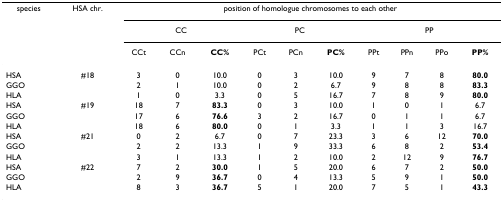
<table><thead><tr><td><b>species</b></td><td><b>HSA chr.</b></td><td colspan="10"><b>position of homologue chromosomes to each other</b></td></tr><tr><td></td><td></td><td colspan="3"><b>CC</b></td><td colspan="3"><b>PC</b></td><td colspan="4"><b>PP</b></td></tr><tr><td></td><td></td><td><b>CCt</b></td><td><b>CCn</b></td><td><b>CC%</b></td><td><b>PCt</b></td><td><b>PCn</b></td><td><b>PC%</b></td><td><b>PPt</b></td><td><b>PPn</b></td><td><b>PPo</b></td><td><b>PP%</b></td></tr></thead><tbody><tr><td>HSA</td><td>#18</td><td>3</td><td>0</td><td>10.0</td><td>0</td><td>3</td><td>10.0</td><td>9</td><td>7</td><td>8</td><td><b>80.0</b></td></tr><tr><td>GGO</td><td></td><td>2</td><td>1</td><td>10.0</td><td>0</td><td>2</td><td>6.7</td><td>9</td><td>8</td><td>8</td><td><b>83.3</b></td></tr><tr><td>HLA</td><td></td><td>1</td><td>0</td><td>3.3</td><td>0</td><td>5</td><td>16.7</td><td>7</td><td>8</td><td>9</td><td><b>80.0</b></td></tr><tr><td>HSA</td><td>#19</td><td>18</td><td>7</td><td><b>83.3</b></td><td>0</td><td>3</td><td>10.0</td><td>1</td><td>0</td><td>1</td><td>6.7</td></tr><tr><td>GGO</td><td></td><td>17</td><td>6</td><td><b>76.6</b></td><td>3</td><td>2</td><td>16.7</td><td>0</td><td>1</td><td>1</td><td>6.7</td></tr><tr><td>HLA</td><td></td><td>18</td><td>6</td><td><b>80.0</b></td><td>0</td><td>1</td><td>3.3</td><td>1</td><td>1</td><td>3</td><td>16.7</td></tr><tr><td>HSA</td><td>#21</td><td>0</td><td>2</td><td>6.7</td><td>0</td><td>7</td><td>23.3</td><td>3</td><td>6</td><td>12</td><td><b>70.0</b></td></tr><tr><td>GGO</td><td></td><td>2</td><td>2</td><td>13.3</td><td>1</td><td>9</td><td>33.3</td><td>6</td><td>8</td><td>2</td><td><b>53.4</b></td></tr><tr><td>HLA</td><td></td><td>3</td><td>1</td><td>13.3</td><td>1</td><td>2</td><td>10.0</td><td>2</td><td>12</td><td>9</td><td><b>76.7</b></td></tr><tr><td>HSA</td><td>#22</td><td>7</td><td>2</td><td><b>30.0</b></td><td>1</td><td>5</td><td>20.0</td><td>6</td><td>7</td><td>2</td><td><b>50.0</b></td></tr><tr><td>GGO</td><td></td><td>2</td><td>9</td><td><b>36.7</b></td><td>0</td><td>4</td><td>13.3</td><td>5</td><td>9</td><td>1</td><td><b>50.0</b></td></tr><tr><td>HLA</td><td></td><td>8</td><td>3</td><td><b>36.7</b></td><td>5</td><td>1</td><td>20.0</td><td>7</td><td>5</td><td>1</td><td><b>43.3</b></td></tr></tbody></table>